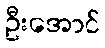
ဦးအောင်